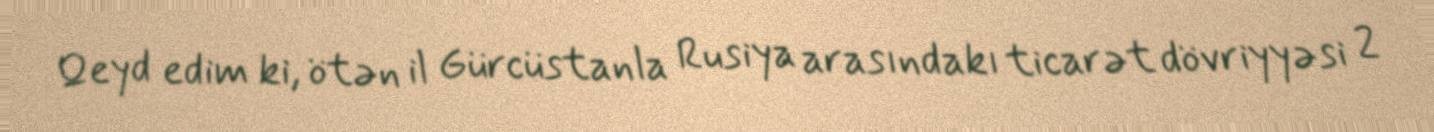
Qeyd edim ki, ötən il Gürcüstanla Rusiya arasındakı ticarət dövriyyəsi 2